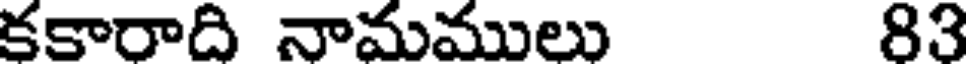
కకారాది నామములు 83